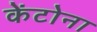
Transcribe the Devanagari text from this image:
केंटोना